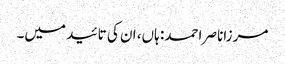
مرزاناصر احمد: ہاں، ان کی تائید میں۔